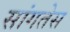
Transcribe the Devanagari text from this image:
सांगतेस